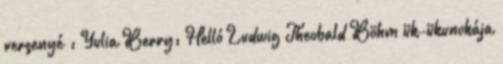
versenyé : Yulia Berry: Helló Ludwig Theobald Böhm ük-ükunokája